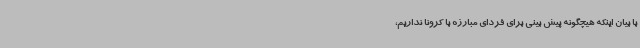
با بیان اینکه هیچگونه پیش بینی برای فردای مبارزه با کرونا نداریم،